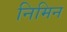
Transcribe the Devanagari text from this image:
निमिन